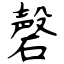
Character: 磬